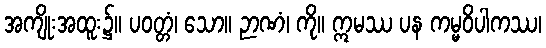
အကျိုးအထူး၌။ ပဝတ္တံ၊ သော။ ဉာဏံ၊ ကို။ ဣမဿ ပန ကမ္မဝိပါကဿ၊